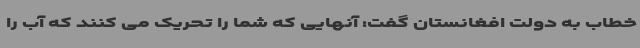
خطاب به دولت افغانستان گفت: آنهایی که شما را تحریک می کنند که آب را